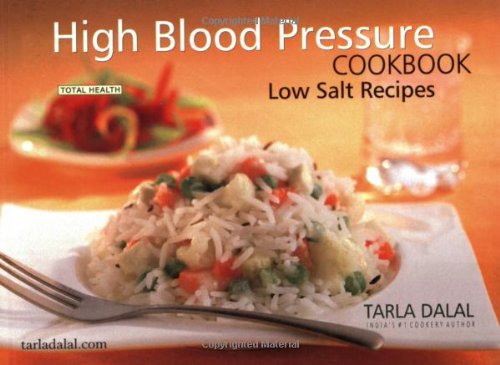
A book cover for High Blood Pressure Cook Book/Low Salt Recipes; Tarla Dalal; Health, Fitness & Dieting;